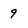
Character: 9